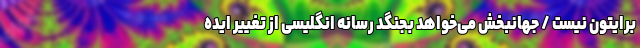
برایتون نیست / جهانبخش می‌خواهد بجنگد رسانه انگلیسی از تغییر ایده